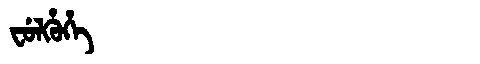
Manchu: ᠸᡠᠯᡥᡠᡥᡝ
Romanization: FULHUHE